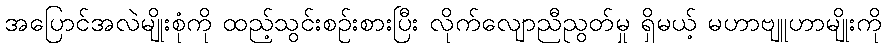
အပြောင်အလဲမျိုးစုံကို ထည့်သွင်းစဉ်းစားပြီး လိုက်လျောညီညွတ်မှု ရှိမယ့် မဟာဗျူဟာမျိုးကို